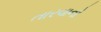
તારવાનો